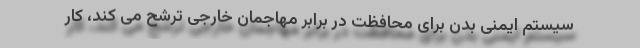
سیستم ایمنی بدن برای محافظت در برابر مهاجمان خارجی ترشح می کند، کار